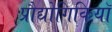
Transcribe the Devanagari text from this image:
प्रौद्योगिकियॉ